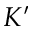
K ^ { \prime }